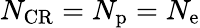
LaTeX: N_{\mathrm{CR}}=N_{\mathrm{p}}=N_{\mathrm{e}}